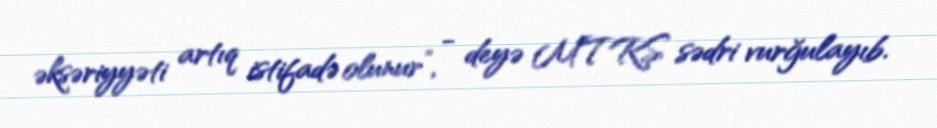
əksəriyyəti artıq istifadə olunur”, - deyə MTRŞ sədri vurğulayıb.